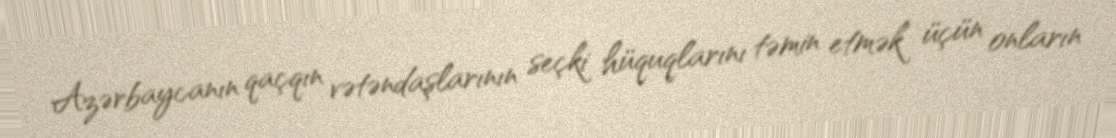
Azərbaycanın qaçqın vətəndaşlarının seçki hüquqlarını təmin etmək üçün onların